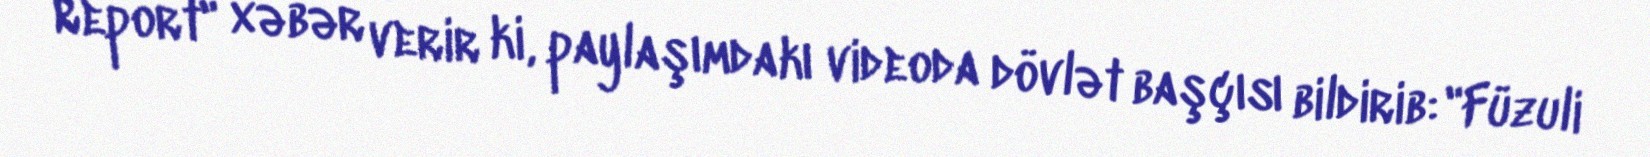
Report" xəbər verir ki, paylaşımdakı videoda dövlət başçısı bildirib: "Füzuli